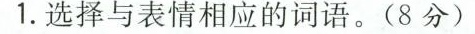
1.选择与表情相应的词语。(8分)